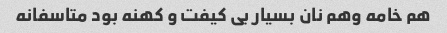
هم خامه وهم نان بسیار بی کیفت و کهنه بود متاسفانه